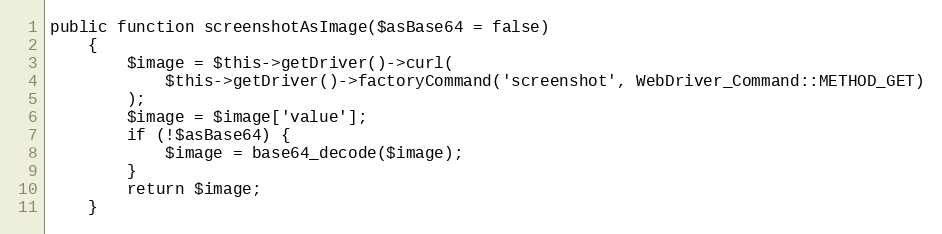
Language: PHP
public function screenshotAsImage($asBase64 = false)
    {
        $image = $this->getDriver()->curl(
            $this->getDriver()->factoryCommand('screenshot', WebDriver_Command::METHOD_GET)
        );
        $image = $image['value'];
        if (!$asBase64) {
            $image = base64_decode($image);
        }
        return $image;
    }